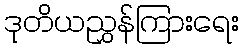
ဒုတိယညွှန်ကြားရေး